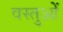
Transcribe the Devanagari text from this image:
वस्तुओें